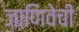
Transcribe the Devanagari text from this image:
जाणिवेची